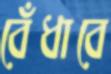
বেঁধাবে